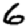
Digit: 6